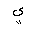
Letter: _ya